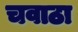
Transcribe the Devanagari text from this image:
चवाठा